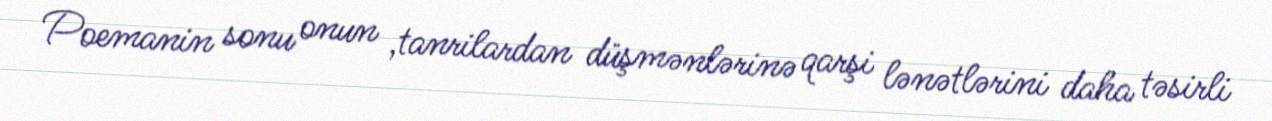
Poemanin sonu onun ,tanrilardan düşmənlərinə qarşi lənətlərini daha təsirli